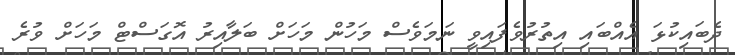
ދެބައިކުޅަ އެއްބައި އިތުރުވެފައިވީ ނަމަވެސް މަހުން މަހަށް ބަލާއިރު އޮގަސްޓް މަހަށް ވުރެ